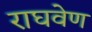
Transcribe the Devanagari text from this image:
राघवेण